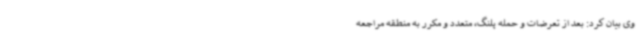
وی بیان کرد: بعد از تعرضات و حمله پلنگ، متعدد و مکرر به منطقه مراجعه